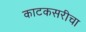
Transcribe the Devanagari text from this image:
काटकसरीचा